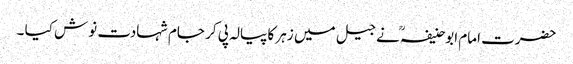
حضرت امام ابوحنیفہؒ نے جیل میں زہر کا پیالہ پی کر جام شہادت نوش کیا ۔